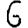
Digit: 6